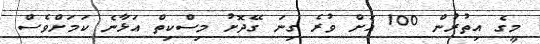
މީގެ އިތުރުން 100 އަށް ވުރެ ގިނަ ގޭދޮށު މިސްކިތް އަޅާނެ ކަމަށްވެސް